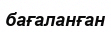
бағаланған